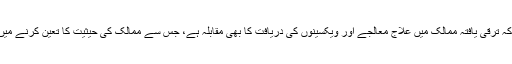
انہوں نے کہا کہ ترقی یافتہ ممالک میں علاج معالجے اور ویکسینوں کی دریافت کا بھی مقابلہ ہے، جس سے ممالک کی حیثیت کا تعین کرنے میں مدد ملے گی۔